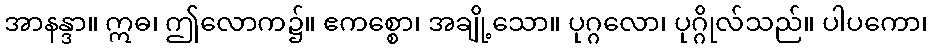
အာနန္ဒာ။ ဣဓ၊ ဤလောက၌။ ဧကစ္စော၊ အချို့သော။ ပုဂ္ဂလော၊ ပုဂ္ဂိုလ်သည်။ ပါပကော၊